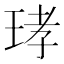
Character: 𤥝